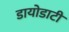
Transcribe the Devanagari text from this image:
डायोडाटी